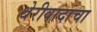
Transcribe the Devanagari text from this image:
थेरीवादाचा